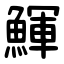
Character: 鯶